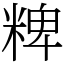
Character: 粺